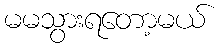
မမသွားရတော့မယ်